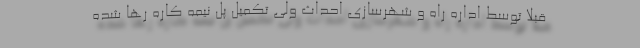
قبلا توسط اداره راه و شهرسازی احداث ولی تکمیل پل نیمه کاره رها شده